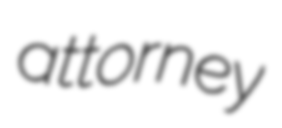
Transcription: attorney